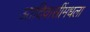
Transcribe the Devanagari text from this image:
आदिवासींमधला